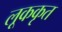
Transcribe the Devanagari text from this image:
लूककृत